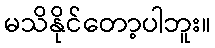
မသိနိုင်တော့ပါဘူး။